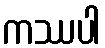
ကဿပါ